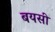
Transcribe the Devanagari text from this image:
बयसी